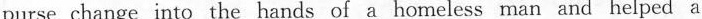
purse change into the hands of a homeless man and helped a